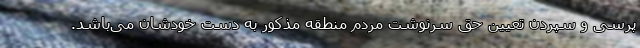
پرسی و سپردن تعیین حق سرنوشت مردم منطقه مذکور به دست خودشان می‌باشد.